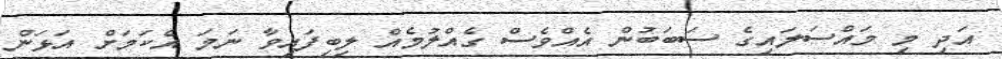
އަދި މި މައްސަލައިގެ ސަބަބުން އެއްވެސް ގެއްލުމެއް ލިބިފައިވާ ނަމަ އެކަމަށް އަޅަން